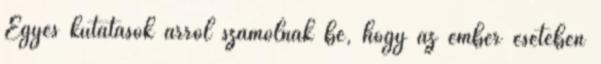
Egyes kutatások arról számolnak be, hogy az ember esetében